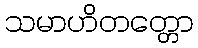
သမာဟိတတ္တော